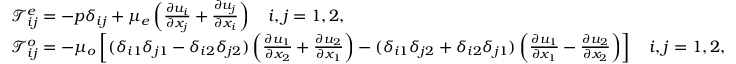
\begin{array} { r l } & { \mathcal { T } _ { i j } ^ { e } = - p \delta _ { i j } + \mu _ { e } \left( \frac { \partial u _ { i } } { \partial x _ { j } } + \frac { \partial u _ { j } } { \partial x _ { i } } \right) ~ ~ ~ i , j = 1 , 2 , } \\ & { \mathcal { T } _ { i j } ^ { o } = - \mu _ { o } \left[ ( \delta _ { i 1 } \delta _ { j 1 } - \delta _ { i 2 } \delta _ { j 2 } ) \left( \frac { \partial u _ { 1 } } { \partial x _ { 2 } } + \frac { \partial u _ { 2 } } { \partial x _ { 1 } } \right) - ( \delta _ { i 1 } \delta _ { j 2 } + \delta _ { i 2 } \delta _ { j 1 } ) \left( \frac { \partial u _ { 1 } } { \partial x _ { 1 } } - \frac { \partial u _ { 2 } } { \partial x _ { 2 } } \right) \right] ~ ~ ~ i , j = 1 , 2 , } \end{array}